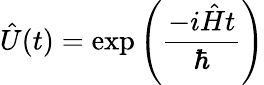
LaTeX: {\hat{U}}(t)=\exp\left({\frac{-i{\hat{H}}t}{\hbar}}\right)